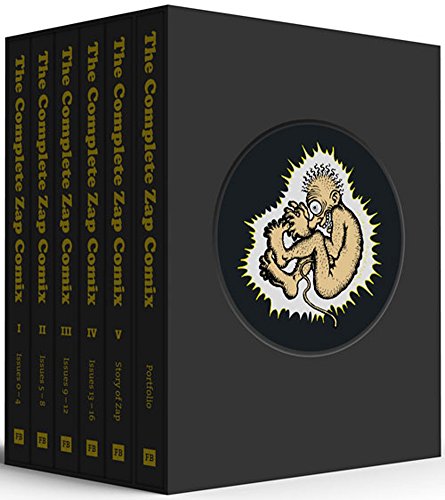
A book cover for The Complete Zap Comix Boxed Set; R. Crumb; Comics & Graphic Novels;